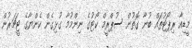
މީޑިއާ ރިޕޯޓުތައް ބުނާ ގޮތުން ސުޕްރީމް ކޯޓުގެ ނިންމުމާ ގުޅިގެން ކެންޔާގެ ޓީޗަރުން